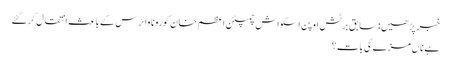
خبر پڑھیں:سابق برٹش اوپن اسکواش چمپئن اعظم خان کورونا وائرس کے باعث انتقال کرگئے
ہے ناں مزے کی بات؟